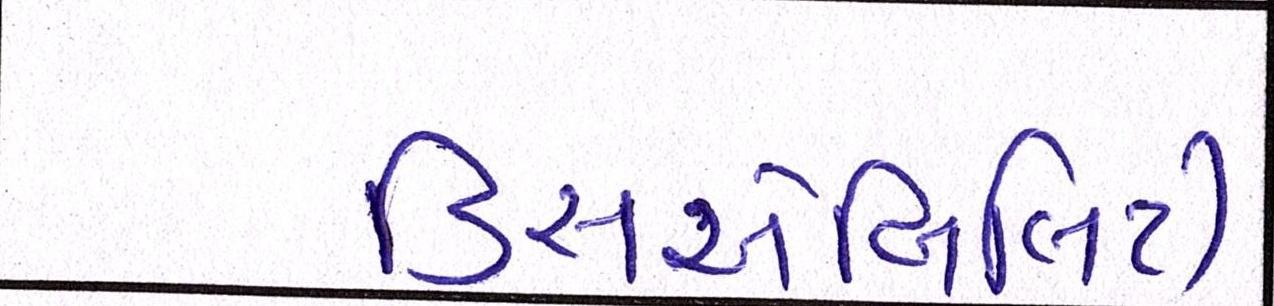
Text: ડિસએબિલિટી